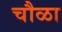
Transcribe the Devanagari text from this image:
चौळा